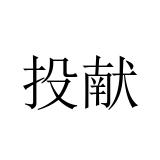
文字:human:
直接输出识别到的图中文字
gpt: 投献